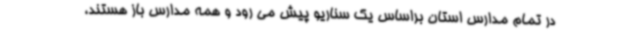
در تمام مدارس استان براساس یک سناریو پیش می رود و همه مدارس باز هستند،